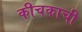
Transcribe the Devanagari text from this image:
कीचकाची